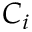
C _ { i }